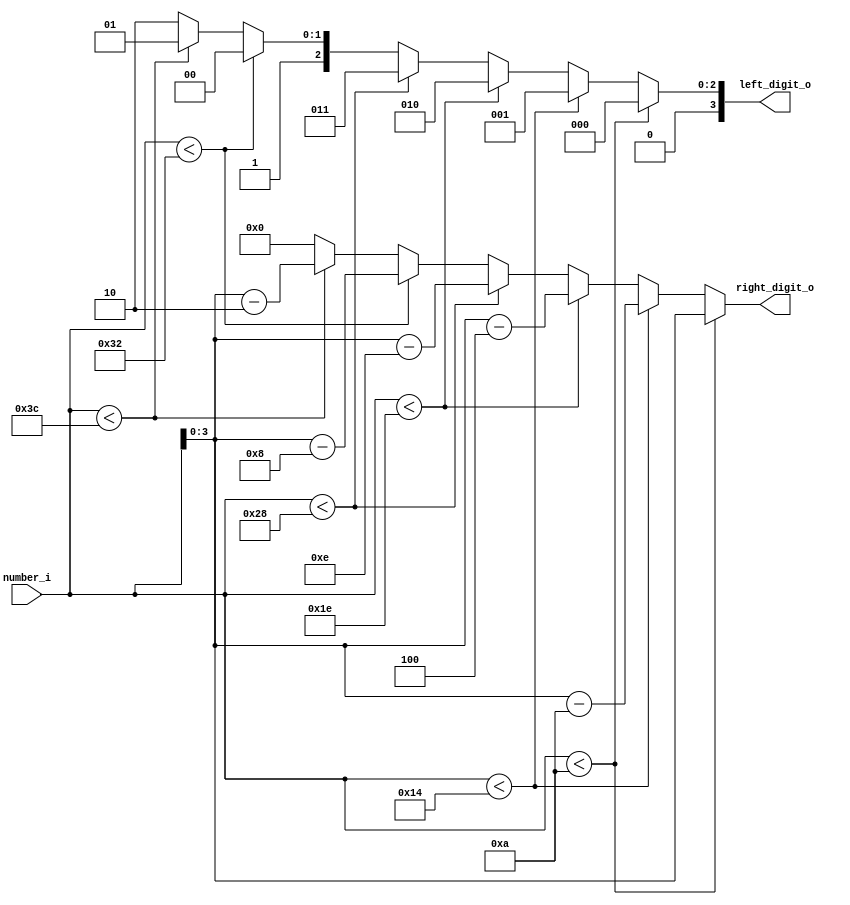
`timescale 1ns / 1ps
//////////////////////////////////////////////////////////////////////////////////
// Company: 
// Engineer: 
// 
// Design Name: 
// Module Name:    spliter 
// Project Name: 
// Target Devices: 
// Tool versions: 
// Description: 
//
// Dependencies: 
//
// Revision: 
// Revision 0.01 - File Created
// Additional Comments: 
//
//////////////////////////////////////////////////////////////////////////////////
module spliter(
		input [5:0] number_i,
		output reg [3:0] left_digit_o,
		output reg [3:0] right_digit_o
    );


	initial
		begin
			left_digit_o = 0;
			right_digit_o = 0;
		end

	always@(*)
	begin
		if(number_i < 10)
			begin
				left_digit_o = 0;
				right_digit_o = number_i;
			end
		else if(number_i < 20)
			begin
				left_digit_o = 1;
				right_digit_o = number_i - 10;
			end
		else if(number_i < 30)
			begin
				left_digit_o = 2;
				right_digit_o = number_i - 20;
			end
		else if(number_i < 40)
			begin
				left_digit_o = 3;
				right_digit_o = number_i - 30;
			end
		else if(number_i < 50)
			begin
				left_digit_o = 4;
				right_digit_o = number_i - 40;
			end
		else if(number_i < 60)
			begin
				left_digit_o = 5;
				right_digit_o = number_i - 50;
			end
		else
			begin
				left_digit_o = 6;
				right_digit_o = 0;
			end
		
	end

endmodule